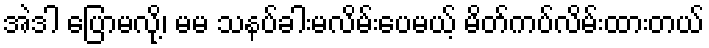
အဲဒါ ပြောမလို့၊ မမ သနပ်ခါးမလိမ်းပေမယ့် မိတ်ကပ်လိမ်းထားတယ်